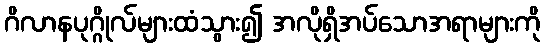
ဂိလာနပုဂ္ဂိုလ်များထံသွား၍ အလိုရှိအပ်သောအရာများကို